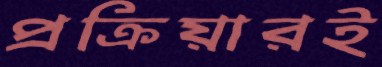
প্রক্রিয়ারই